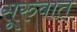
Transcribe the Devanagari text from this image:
सूरुवात्